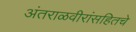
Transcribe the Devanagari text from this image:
अंतराळवीरांसहितचे